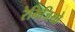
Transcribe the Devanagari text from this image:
रेमिजियो